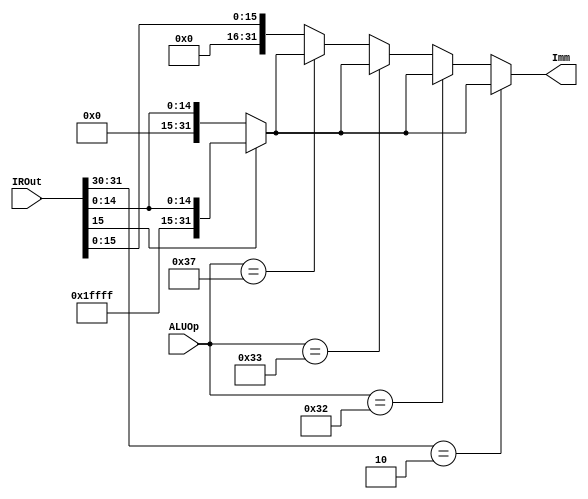
`timescale 1ns / 1ps

module SignExtender(Imm, IROut, ALUOp
    );
//OUTPUTS----------------------------
	output reg [31:0] Imm;
//INPUTS-----------------------------
	input [31:0] IROut;
	input [5:0] ALUOp;
//OTHER------------------------------
//CODE-------------------------------

//Used for I-type logical/arithmetic instructions
	always @(*) begin
		if (IROut[31:30] == 2'b 10)	//Branch instruction SE
		begin
			if (IROut[15] == 1'b 0) 
				begin
				Imm = {16'b 0000_0000_0000_0000, IROut[15:0]};
				end
				else 
				begin
				Imm = {16'b 1111_1111_1111_1111, IROut[15:0]};
				end
		end
		//ADDI, SUBI, and SLTI need SE
		else if (ALUOp == 6'b 110010)	//ADDI
		begin
			if (IROut[15] == 1'b 0) 
				begin
				Imm = {16'b 0000_0000_0000_0000, IROut[15:0]};
				end
				else 
				begin
				Imm = {16'b 1111_1111_1111_1111, IROut[15:0]};
				end
		end
		else if (ALUOp == 6'b 110011)	//SUBI
		begin
			if (IROut[15] == 1'b 0) 
				begin
				Imm = {16'b 0000_0000_0000_0000, IROut[15:0]};
				end
				else 
				begin
				Imm = {16'b 1111_1111_1111_1111, IROut[15:0]};
				end
		end
		else if (ALUOp == 6'b 110111)	//SLTI
		begin
			if (IROut[15] == 1'b 0) 
				begin
				Imm = {16'b 0000_0000_0000_0000, IROut[15:0]};
				end
				else 
				begin
				Imm = {16'b 1111_1111_1111_1111, IROut[15:0]};
				end
		end
		else	//Do Zero extend for eveyrthing else
		begin
			Imm = {16'b 0000_0000_0000_0000, IROut[15:0]};
		end
	end
endmodule